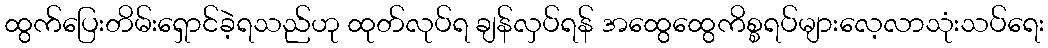
ထွက်ပြေးတိမ်းရှောင်ခဲ့ရသည်ဟု ထုတ်လုပ်ရ ချန်လှပ်ရန် အထွေထွေကိစ္စရပ်များလေ့လာသုံးသပ်ရေး